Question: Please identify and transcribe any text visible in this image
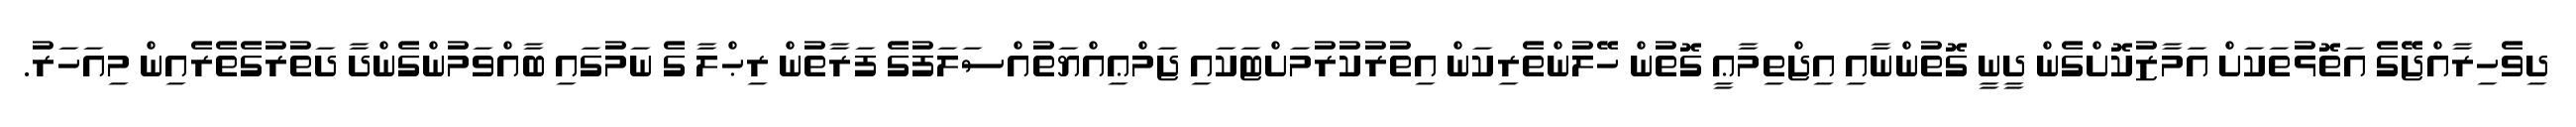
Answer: ދިވެހިރާއްޖޭގެ އަތޮޅުތަކަށް އަމާޒުކޮށްގެން ދީނީ ގޮތުންނާއި އިޖްތިމާޢީ ގޮތުން ހޭލުންތެރިކަން އިތުރުކުރުމަށްޓަކައި ޖަމްޢިއްޔަތުއްސަލަފުގެ ފަރާތުން ރިޙްލާ ގެ ނަމުގައި ބާއްވަމުންގެންދާ ދަތުރުގެތެރެއިން މިއަހަރު.